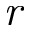
\it { r }